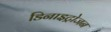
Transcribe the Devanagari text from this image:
डिनाइट्रोजन